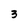
Character: 3